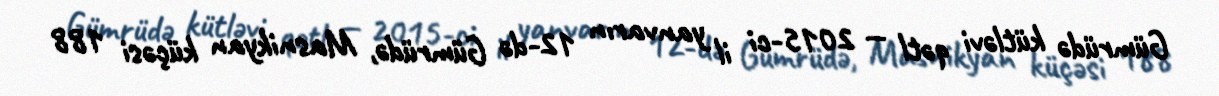
Gümrüdə kütləvi qətl — 2015-ci il yanvarın 12-də Gümrüdə, Masnikyan küçəsi 188